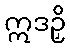
ဣဒဉှိ